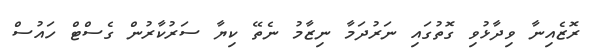
ރޮޒެއިނާ ވިދާޅުވި ގޮތުގައި ނަރުދަމާ ނިޒާމު ނެތޭ ކިޔާ ސަރުކާރުން ގެސްޓް ހައުސް